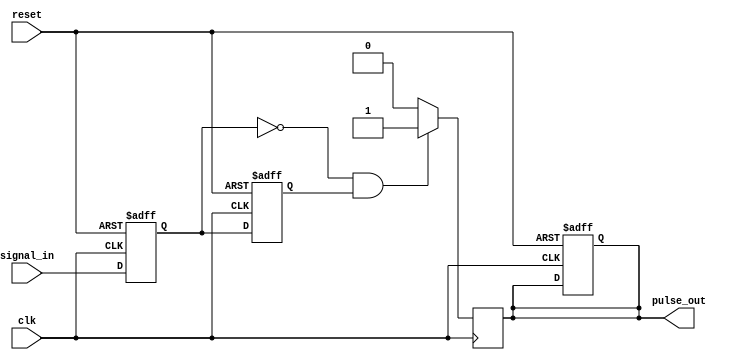
module negative_edge_detector (
    input wire clk,          // Clock signal
    input wire reset,        // Reset signal
    input wire signal_in,    // Input signal to detect negative edge
    output reg pulse_out      // Output pulse indicating negative edge
);

    // Registers to hold the current and previous state of the input signal
    reg signal_in_reg;       // Current state of the input signal
    reg signal_in_prev;      // Previous state of the input signal

    // Sequential logic to sample the input signal
    always @(posedge clk or posedge reset) begin
        if (reset) begin
            signal_in_reg <= 1'b0;   // Reset current state
            signal_in_prev <= 1'b0;  // Reset previous state
            pulse_out <= 1'b0;       // Reset output pulse
        end else begin
            signal_in_prev <= signal_in_reg; // Store previous state
            signal_in_reg <= signal_in;       // Sample current state
        end
    end

    // Combinational logic to detect negative edge
    always @(posedge clk) begin
        if (signal_in_reg == 1'b0 && signal_in_prev == 1'b1) begin
            pulse_out <= 1'b1; // Generate pulse on negative edge
        end else begin
            pulse_out <= 1'b0; // Clear pulse otherwise
        end
    end

endmodule